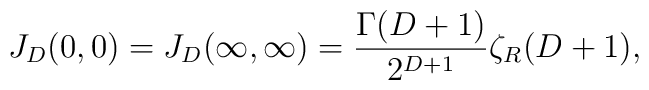
J_D(0,0)=J_D(\infty ,\infty )=\frac{\Gamma (D+1)}{2^{D+1}}\zeta  _R(D+1),